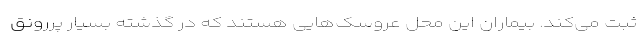
ثبت می‌کند. بیماران این محل عروسک‌هایی هستند که در گذشته بسیار پررونق